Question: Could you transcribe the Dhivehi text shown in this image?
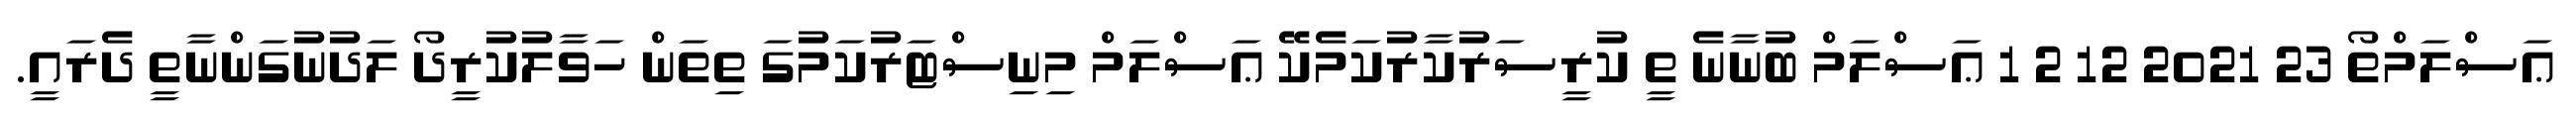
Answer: ޢަސްލަމްތޯ 23 2021 12 2 1 ޢަސްލަމް ބުނާނެ ތީ ކުރީސަރުކާރުކަމެކޭ ޢަސްލަމް މިނިސްޓަރުކަމުގަ ތިތަން ހަވާލުކުރީދޯ ލަދުނުގަންނާތީ ދެރައީ.